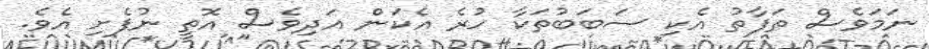
ނަމަވެސް ތަފާތު އެކި ސަބަބުތަކާ ހުރެ އެކަން އަދިވެސް އޮތީ ނުފެށި އެވެ.